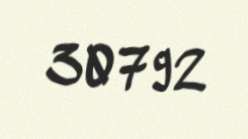
30792